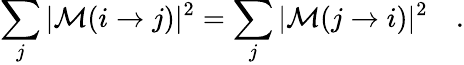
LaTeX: \sum_{j}|{\cal M}(i\rightarrow j)|^{2}=\sum_{j}|{\cal M}(j\rightarrow i)|^{2}\quad.